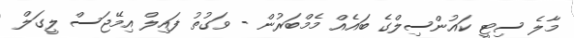
މާލެ ސިޓީ ކައުންސިލްގެ ބައެއް މެމްބަރުން - ވަގުތު ފައިލް އިމޭޖަސް ލީގަލް